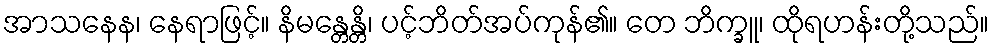
အာသနေန၊ နေရာဖြင့်။ နိမန္တေန္တိ၊ ပင့်ဘိတ်အပ်ကုန်၏။ တေ ဘိက္ခူ၊ ထိုရဟန်းတို့သည်။